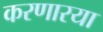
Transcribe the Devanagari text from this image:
करणारया